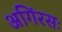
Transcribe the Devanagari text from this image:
अगिंरसः